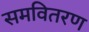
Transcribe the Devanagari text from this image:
समवितरण